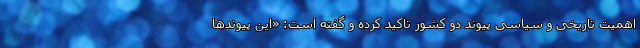
اهمیت تاریخی و سیاسی پیوند دو کشور تاکید کرده و گفته است: «این پیوندها